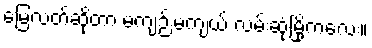
မြေလတ်ဆိုတာ မကျဉ်းမကျယ် လမ်းဆုံမြို့ကလေး။